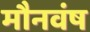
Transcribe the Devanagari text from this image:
मौनवंष